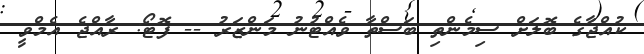
ކުއްޖާގެ ބޮލަށް ސިމެންތި ބަސްތާ ވެއްޓުނު މަންޒަރު -- ފޮޓޯ: ރާއްޖެ އެމްވީ